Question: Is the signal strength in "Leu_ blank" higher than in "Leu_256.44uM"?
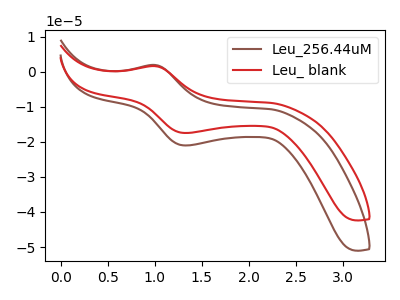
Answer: <think>The brown curve "Leu_256.44uM" has an anodic peak at (1.00V, 1.90uA) and a cathodic peak at (1.35V, -21.05uA). The red curve "Leu_ blank" has an anodic peak at (1.00V, 1.60uA) and a cathodic peak at (1.35V, -17.50uA).
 All the peaks in "Leu_ blank" have a peak in "Leu_256.44uM" at the same potential. Every peak in "Leu_ blank" is lower than every peak in "Leu_256.44uM".</think>
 <answer>"Leu_ blank" has less signal than "Leu_256.44uM".</answer>
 <eval>less_signal</eval>